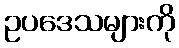
ဥပဒေသများကို